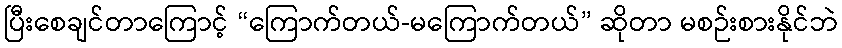
ပြီးစေချင်တာကြောင့် “ကြောက်တယ်-မကြောက်တယ်” ဆိုတာ မစဉ်းစားနိုင်ဘဲ